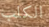
الكلب